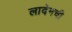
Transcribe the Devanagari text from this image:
लादेनची